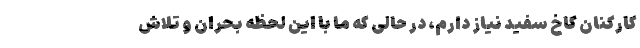
کارکنان کاخ سفید نیاز دارم، در حالی که ما با این لحظه بحران و تلاش